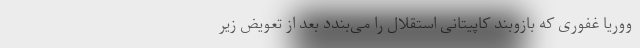
ووریا غفوری که بازوبند کاپیتانی استقلال را می‌بندد بعد از تعویض زیر